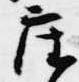
座